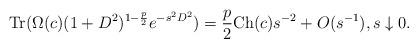
LaTeX: \begin{align*} {\rm Tr}(\Omega(c)(1+D^2)^{1-\frac{p}{2}}e^{-s^2D^2})=\frac{p}{2}{\rm Ch}(c)s^{-2}+O(s^{-1}),s\downarrow0. \end{align*}